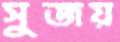
সুজয়